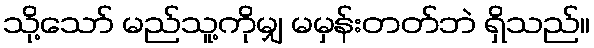
သို့သော် မည်သူ့ကိုမျှ မမှန်းတတ်ဘဲ ရှိသည်။